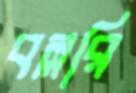
বল্লরি